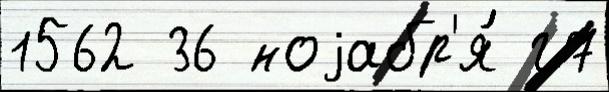
1562 36 ноjабр'я́ г7